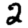
Digit: 2